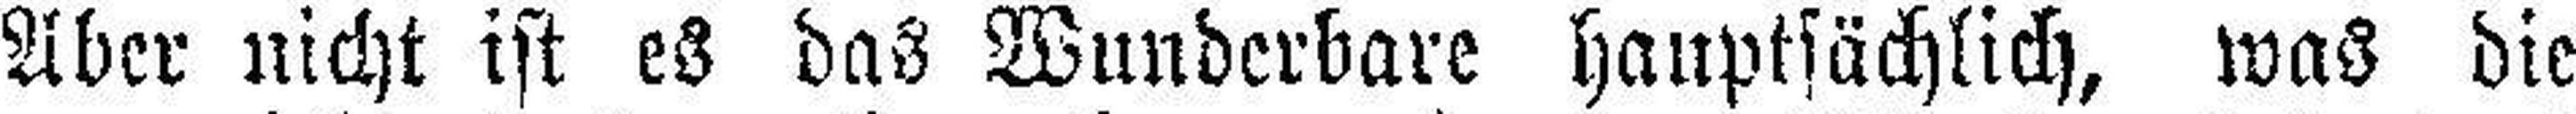
Aber nicht ist es das Wunderbare hauptsächlich, was die